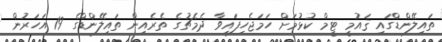
ތައިލޭންޑްގައި ޤައުމީ ޓީމް ކުޅުމަށް ހަމަޖެހިފައިވާ ދެމެޗުގެ ތެރެއިން ތައިލޭންޑްގެ 19 އަހަރުން